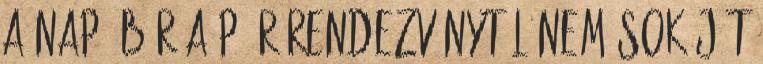
a nap. Bár a píár rendezvénytől nem sok jót